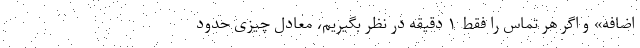
اضافه» و اگر هر تماس را فقط ۱ دقیقه در نظر بگیریم، معادل چیزی حدود